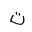
Letter: _ta